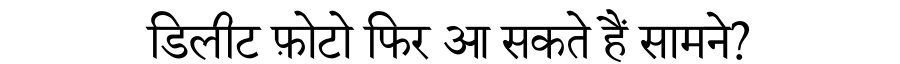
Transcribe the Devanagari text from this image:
डिलीट फ़ोटो फिर आ सकते हैं सामने?